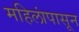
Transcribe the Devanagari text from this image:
महिलांपासून